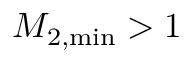
M _ { 2 , \operatorname* { m i n } } > 1